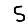
Digit: 5